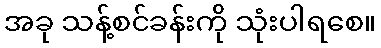
အခု သန့်စင်ခန်းကို သုံးပါရစေ။